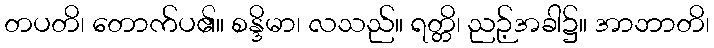
တပတိ၊ တောက်ပ၏။ စန္ဒိမာ၊ လသည်။ ရတ္တိ၊ ညဉ့်အခါ၌။ အာဘာတိ၊